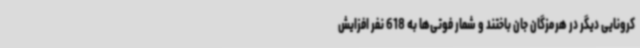
کرونایی دیگر در هرمزگان جان باختند و شمار فوتی‌ها به 618 نفر افزایش